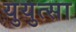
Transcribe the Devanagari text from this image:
युयुत्सा